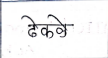
मजकूर: ढेकळे